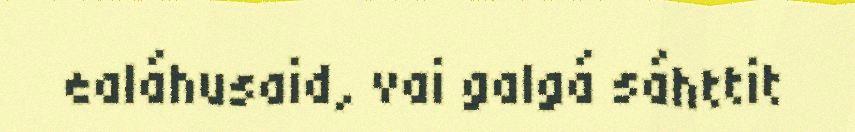
ealáhusaid, vai galgá sáhttit